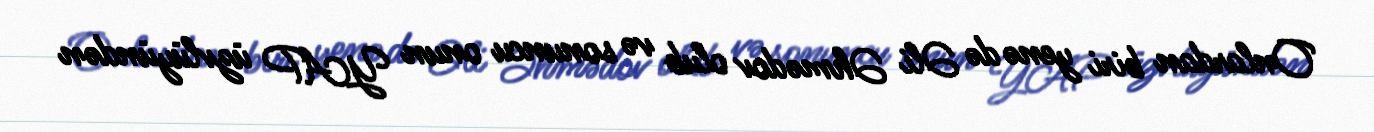
Onlardan biri yenə də Əli Əhmədov olub və sonuncu onun YAP üzvlüyündən